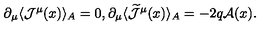
\partial _ { \mu } \langle { \mathcal J } ^ { \mu } ( x ) \rangle _ { A } = 0 , \partial _ { \mu } \langle \widetilde { { \mathcal J } } ^ { \mu } ( x ) \rangle _ { A } = - 2 q { \mathcal A } ( x ) .